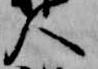
人